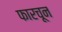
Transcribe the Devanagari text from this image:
फारचून